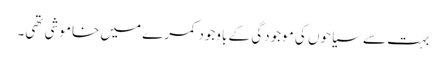
بہت سے سیاحوں کی موجودگی کے باوجود کمرے میں خاموشی تھی۔